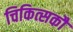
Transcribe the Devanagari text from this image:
चिकित्सकौं